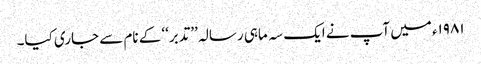
۱۹۸۱ء میں آپ نے ایک سہ ماہی رسالہ ’’تدبر‘‘ کے نام سے جاری کیا۔